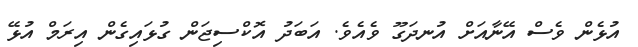
އުޅެން ވެސް އޭނާއަށް އުނދަގޫ ވެއެވެ. އަބަދު އޮކްސިޖަން ގުޅައިގެން އިރަމް އުޅޭ